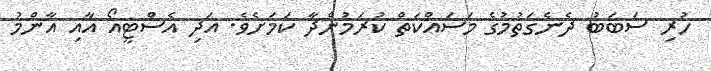
ހުރި ސަބަބު ދެނެގަތުމުގެ މަސައްކަތް ކުރަމުންދާ ކަމަށެވެ. އަދި އެސްޓީއޯ އާއި އާންމު